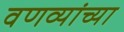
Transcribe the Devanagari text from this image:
वणव्यांच्या